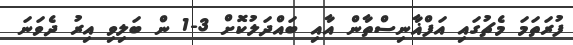
ފުރަތަމަ މެޗުގައި އަފްޣާނިސްތާން އާއި ބައްދަލުކޮށް 3-1 ން ބަލިވި އިރު ދެވަނަ